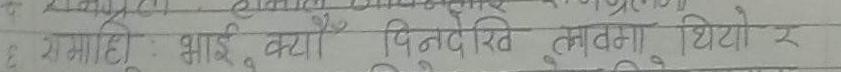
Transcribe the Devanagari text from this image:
गराही : भाइ कयौँ दिनदेखि लगाँउदा थियो र